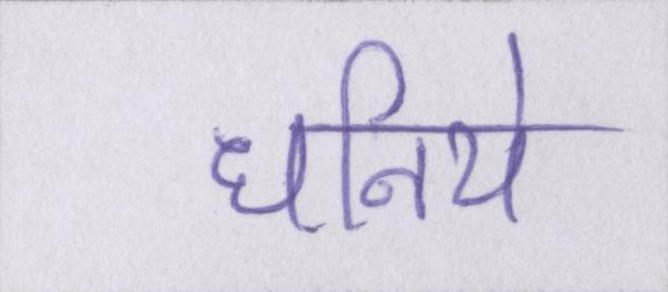
धनिये